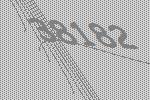
38182